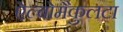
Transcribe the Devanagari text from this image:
ऐल्बोमैकुलटा